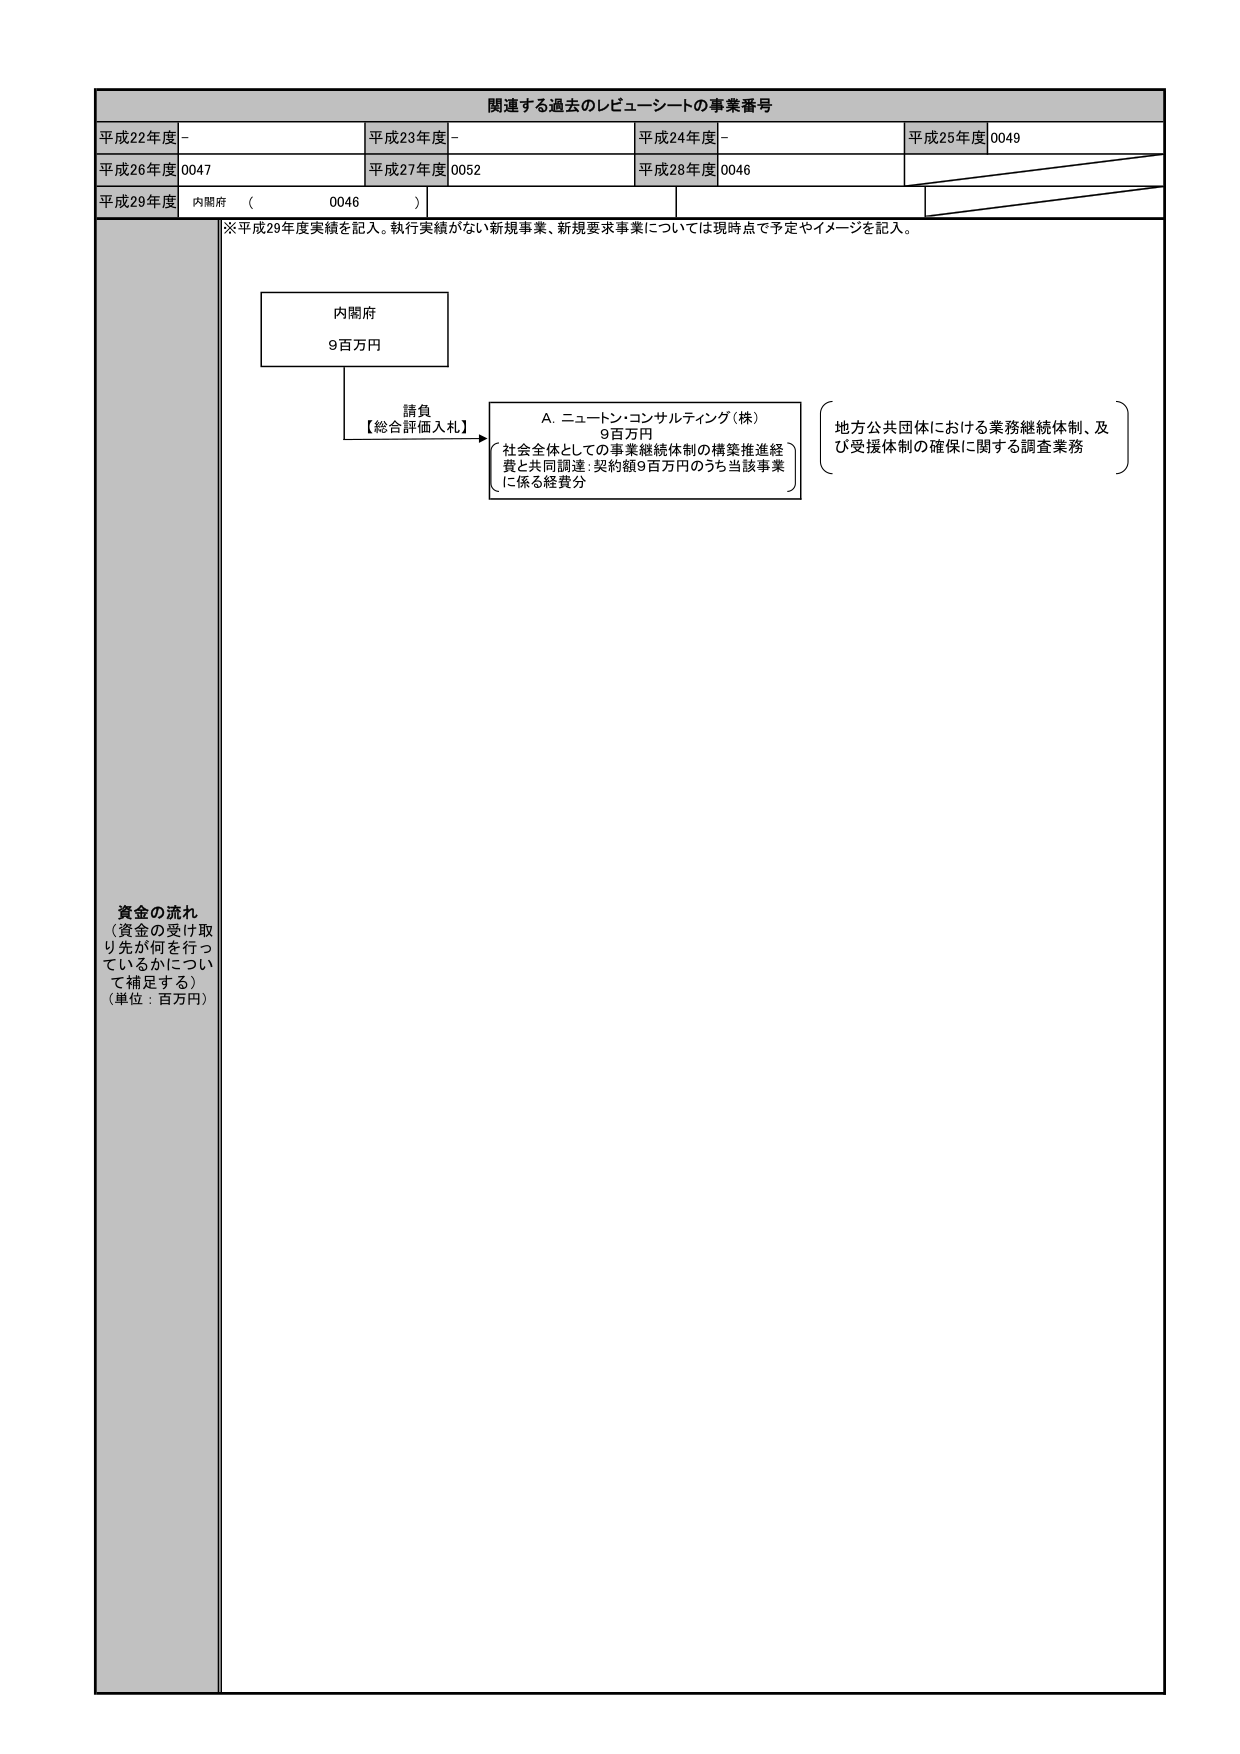
関連する過去のレビューーシートの事業番号
平成22年度 -
平成23年度 -
平成24年度 -
平成25年度 0049
平成26年度 0047
平成27年度 0052
平成28年度 0046
平成29年度 内閣府 （ 0046 ）
※平成29年度実績を記入。執行実績がない新規事業、新規要求事業については現時点で予定やイメージを記入。
内閣府
9百万円
請負
【総合評価入札】
A. ニュートン・コンサルティング（株）
9百万円
社会全体としての事業継続体制の構築推進経
費と共同調達：契約額9百万円のうち当該事業
に係る経費分
地方公共団体における業務継続体制、及
び支援体制の確保に関する調査業務
資金の流れ
（資金の受け取り先が何を行っ
ているかについて補足する）
（単位：百万円）